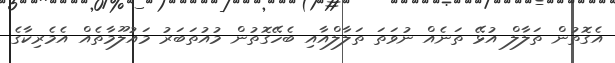
އެގޮތުން ތަލާލް އުޅޭ ތަނެއް ނުވަތަ ތަލާލްއާއި ބެހޭގޮތުން މުއުތަބަރު މައުލޫމާތެއް އެމެރިކާގެ